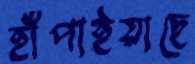
হাঁপাইয়াছে